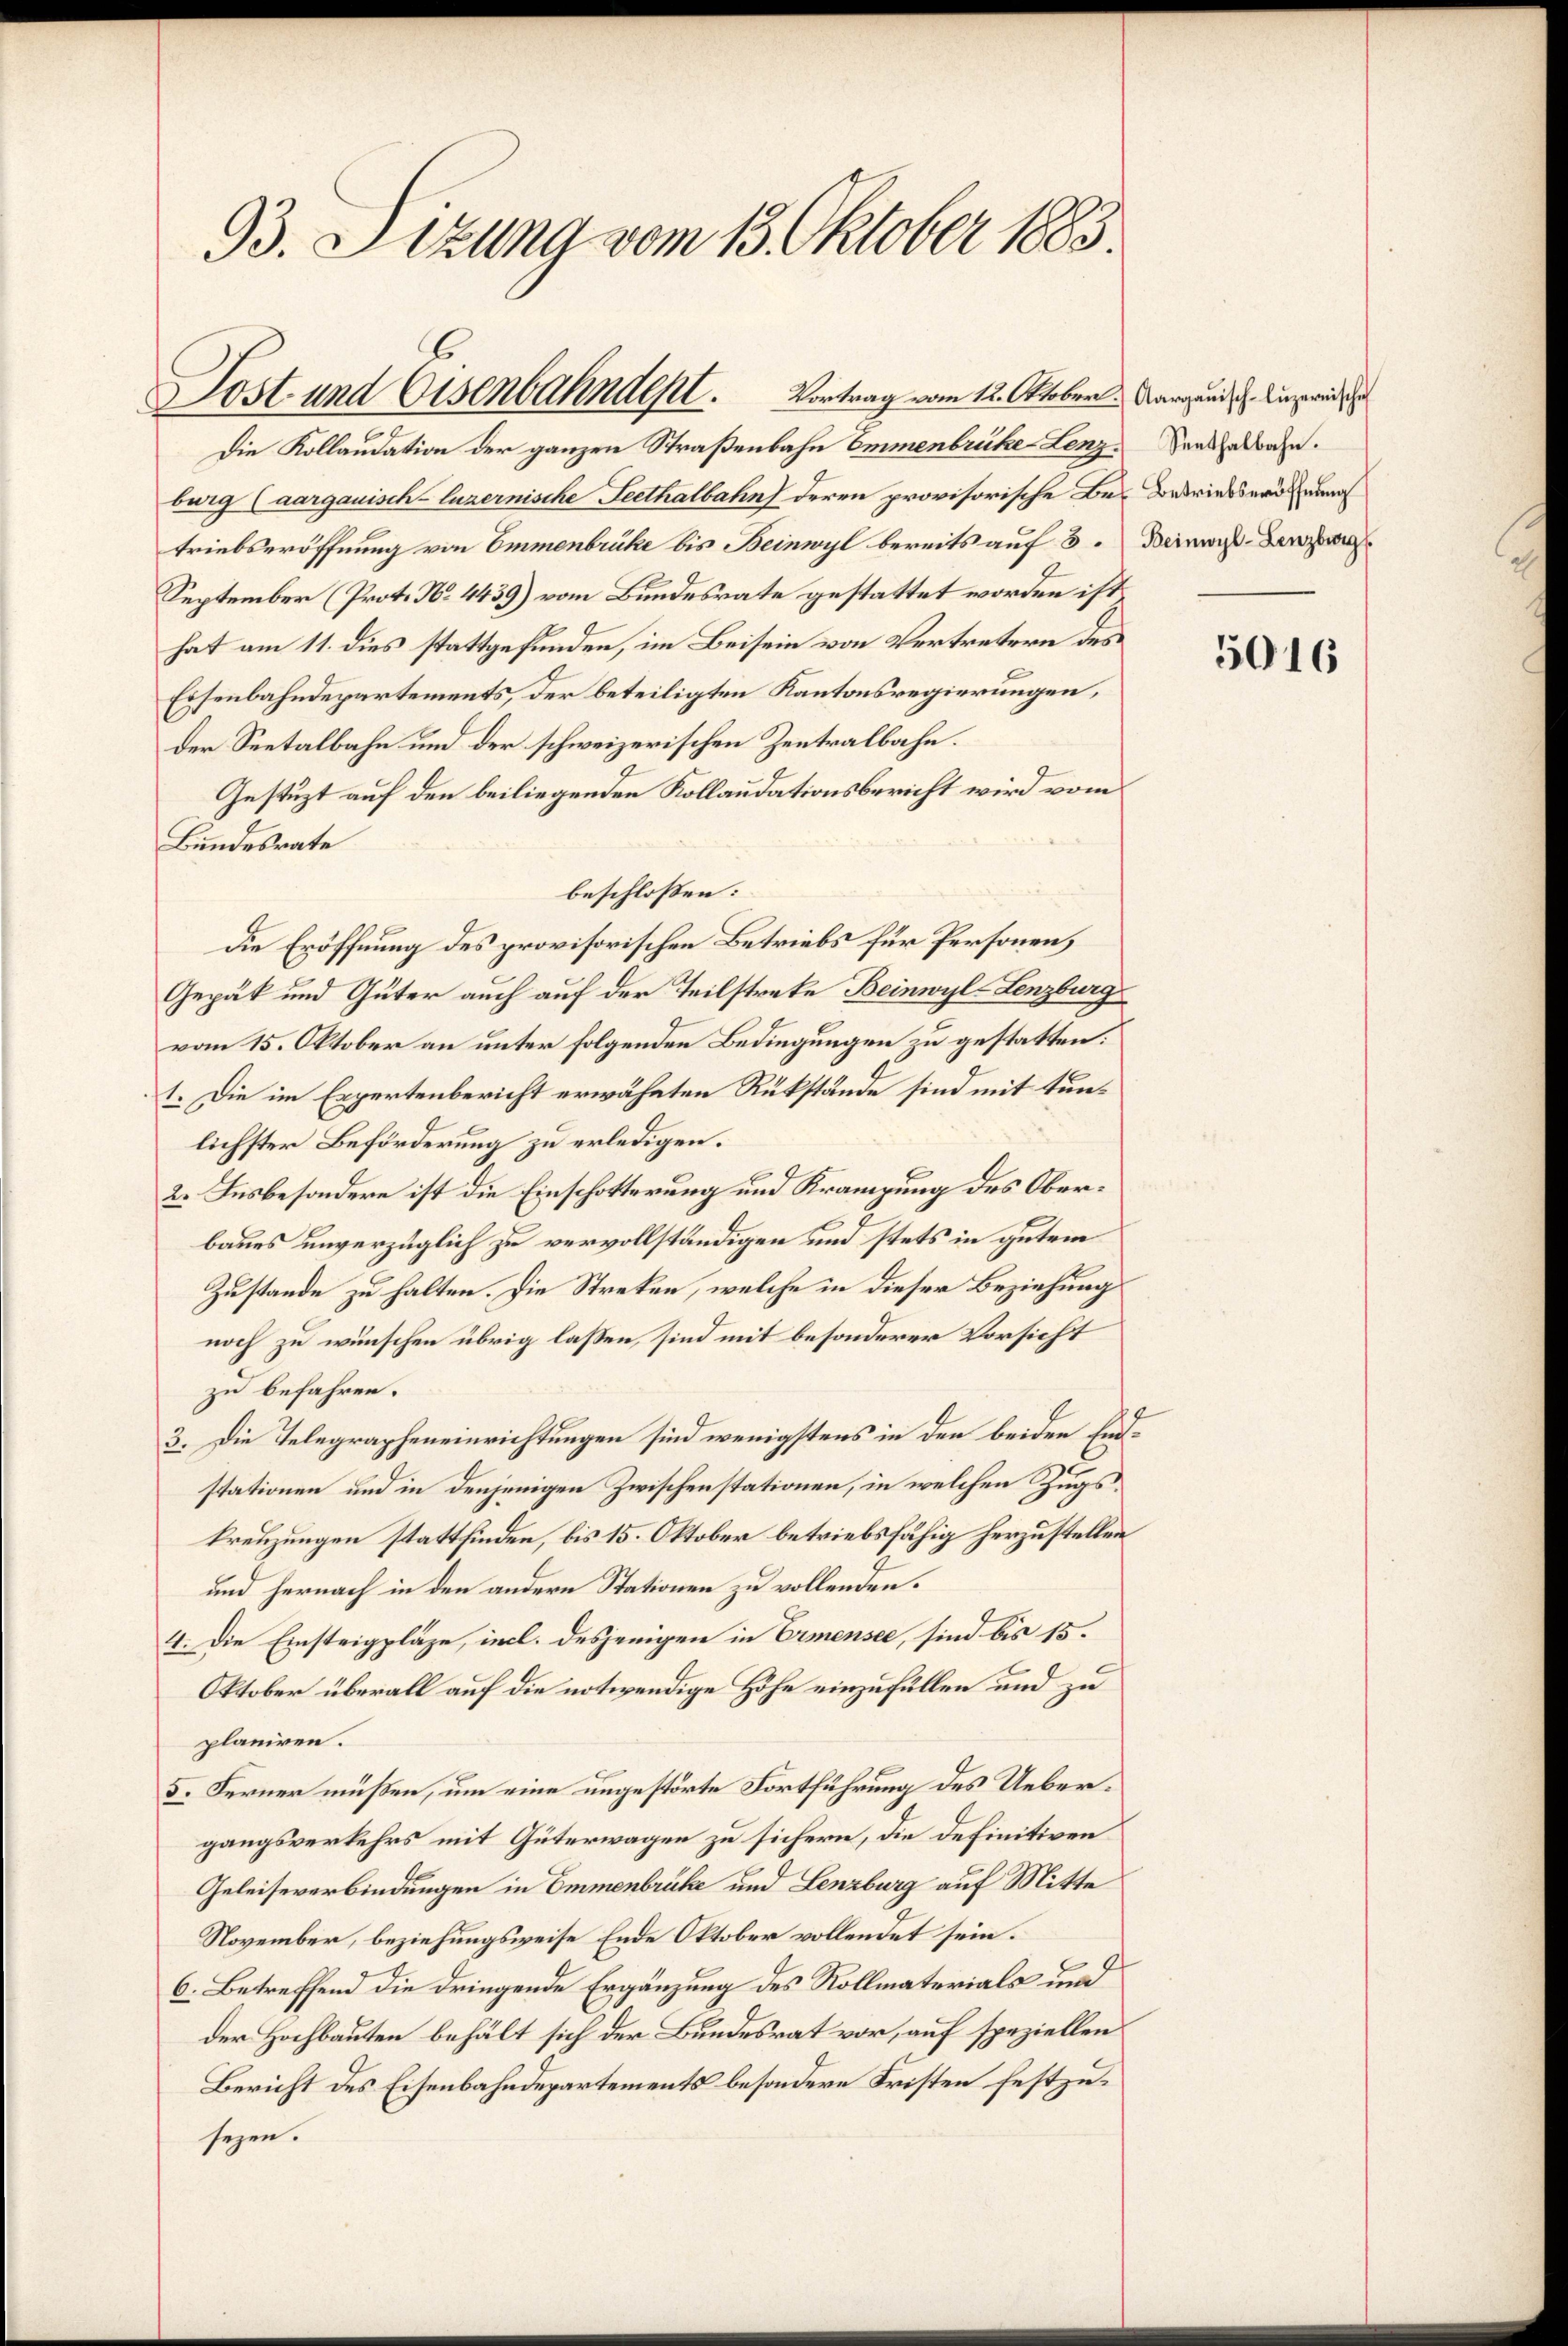
93. Sizung vom 13. Oktober 1883.

burg (aargauisch-luzernische Seethalbahn deren provisorische Be- Betriebseröfnung
triebseröffnung von Emmenbrüke bis Beinwyl bereits auf 3. Deines Bezi
September (Prot. No. 4439) vom Bundesrate gestattet worden ist,
hat am 11. dies stattgefunden, im Beisein von Vertretern des
Eisenbahndepartements, der beteiligten Kantonsregierungen,
Der Seetalbahn und der schweizerischen Zentralbahn.
Gestüzt auf den beiliegenden Kollaudationsbericht wird vom
Bundesrate
beschlossen:
Die Eröffnung des provisorischen Betriebs für Personen,
Gepäck und Güter auch auf der Teilstreke Beinwyl-Lenzburg
vom 15. Oktober an unter folgenden Bedingungen zu gestatten:
1. Die im Expertenbericht erwähnten Rükstände sind mit tunlichster Beförderung zu erledigen.
2. Insbesondere ist die Einschotterung und Krampung des Oberbaues unverzüglich zu vervollständigen und stets in gutem
Zustande zu halten. Die Streken, welche in dieser Beziehung
noch zu wünschen übrig lassen, sind mit besonderer Vorsicht
zu befahren.
3. Die Telegrapheneinrichtungen sind wenigstens in den beiden Endstationen und in denjenigen Zwischenstationen, in welchen Zugskreuzungen stattfinden, bis 15. Oktober betriebsfähig herzustellen
und hernach in den andern Stationen zu vollenden.
4. Die Einsteigpläge, incl. desjenigen in Ermensee, sind bis 15.
Oktober überall auf die notwendige Höhe einzufüllen und zu
planiren.
5. Ferner müßen, um eine ungestörte Fortführung des Uebergangsverkehrs mit Güterwagen zu sichern, die definitiven
Geleiseverbindungen in Emmenbrüke und Lenzburg auf Mitte
November, beziehungsweise Ende Oktober vollendet sein.
6. Betreffend die dringende Ergänzung des Rollmaterials und
der Hochbauten behält sich der Bundesrat vor, auf speziellen
Bericht des Eisenbahndepartements besondere Fristen festzusezen.

Lost und Eisenbahndent. Vortrag vom 12. Oktober. Aargand, s. Luzereins
Die Kollaudation der ganzen Straßenbahn Emmenbrüche Lenz Senthalbahn.

5016